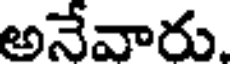
అనేవారు.